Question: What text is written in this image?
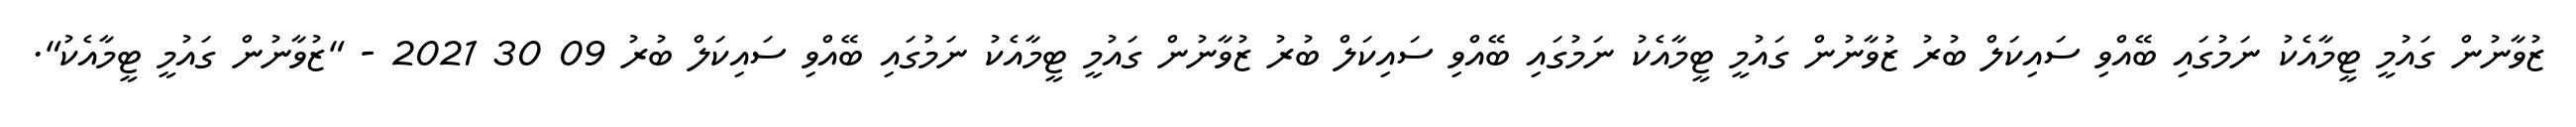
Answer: ޒުވާނުން ގައުމީ ޓީމާއެކު ނަމުގައި ބޭއްވި ސައިކަލް ބުރު ޒުވާނުން ގައުމީ ޓީމާއެކު ނަމުގައި ބޭއްވި ސައިކަލް ބުރު ޒުވާނުން ގައުމީ ޓީމާއެކު ނަމުގައި ބޭއްވި ސައިކަލް ބުރު 09 30 2021 - "ޒުވާނުން ގައުމީ ޓީމާއެކު".